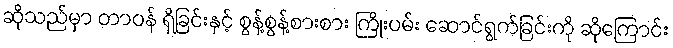
ဆိုသည်မှာ တာဝန် ရှိခြင်းနှင့် စွန့်စွန့်စားစား ကြိုးပမ်း ဆောင်ရွက်ခြင်းကို ဆိုကြောင်း